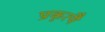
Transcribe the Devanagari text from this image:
प्रकृत्यै